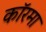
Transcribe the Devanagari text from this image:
कॉरमा